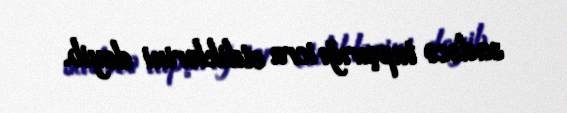
sadəcə tapşırığı icra etdiklərini deyib.